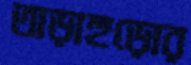
তাড়াহুড়োর